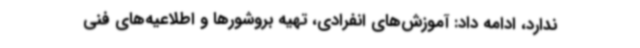
ندارد، ادامه داد: آموزش‌های انفرادی، تهیه بروشورها و اطلاعیه‌های فنی